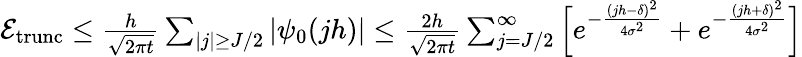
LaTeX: \begin{array}{r}{\mathcal{E}_{\mathrm{trunc}}\leq\frac{h}{\sqrt{2\pi t}}\sum_{|j|\geq J/2}|\psi_{0}(jh)|\leq\frac{2h}{\sqrt{2\pi t}}\sum_{j=J/2}^{\infty}\Big[e^{-\frac{(jh-\delta)^{2}}{4\sigma^{2}}}+e^{-\frac{(jh+\delta)^{2}}{4\sigma^{2}}}\Big]}\end{array}